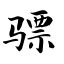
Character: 骠